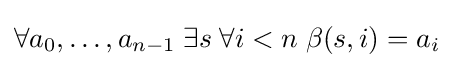
\forall a_{0},\dots ,a_{n-1}\;\exists s\;\forall i<n\;\beta (s,i)=a_{i}